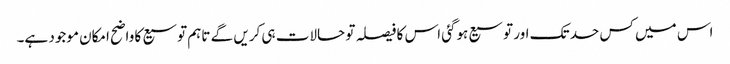
اس میں کس حد تک اور توسیع ہوگئی اس کا فیصلہ تو حالات ہی کریں گے تاہم توسیع کا واضح امکان موجود ہے۔